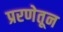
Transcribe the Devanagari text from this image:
प्ररणेतून